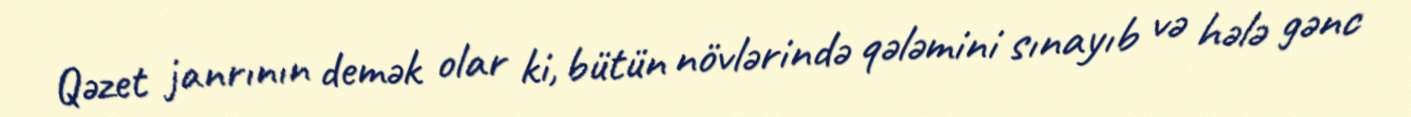
Qəzet janrının demək olar ki, bütün növlərində qələmini sınayıb və hələ gənc